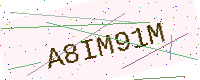
Text: A8IM91M